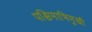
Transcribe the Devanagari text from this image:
पश्चिमाभिमुखी